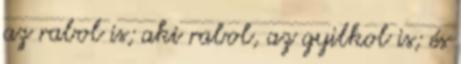
az rabol is; aki rabol, az gyilkol is; és